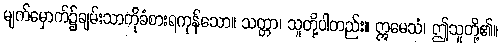
မျက်မှောက်၌ချမ်းသာကိုခံစားရကုန်သော။ သတ္တာ၊ သူတို့ပါတည်း။ ဣမေသံ၊ ဤသူတို့၏။